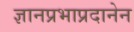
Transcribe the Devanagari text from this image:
ज्ञानप्रभाप्रदानेन